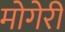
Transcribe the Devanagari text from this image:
मोगेरी